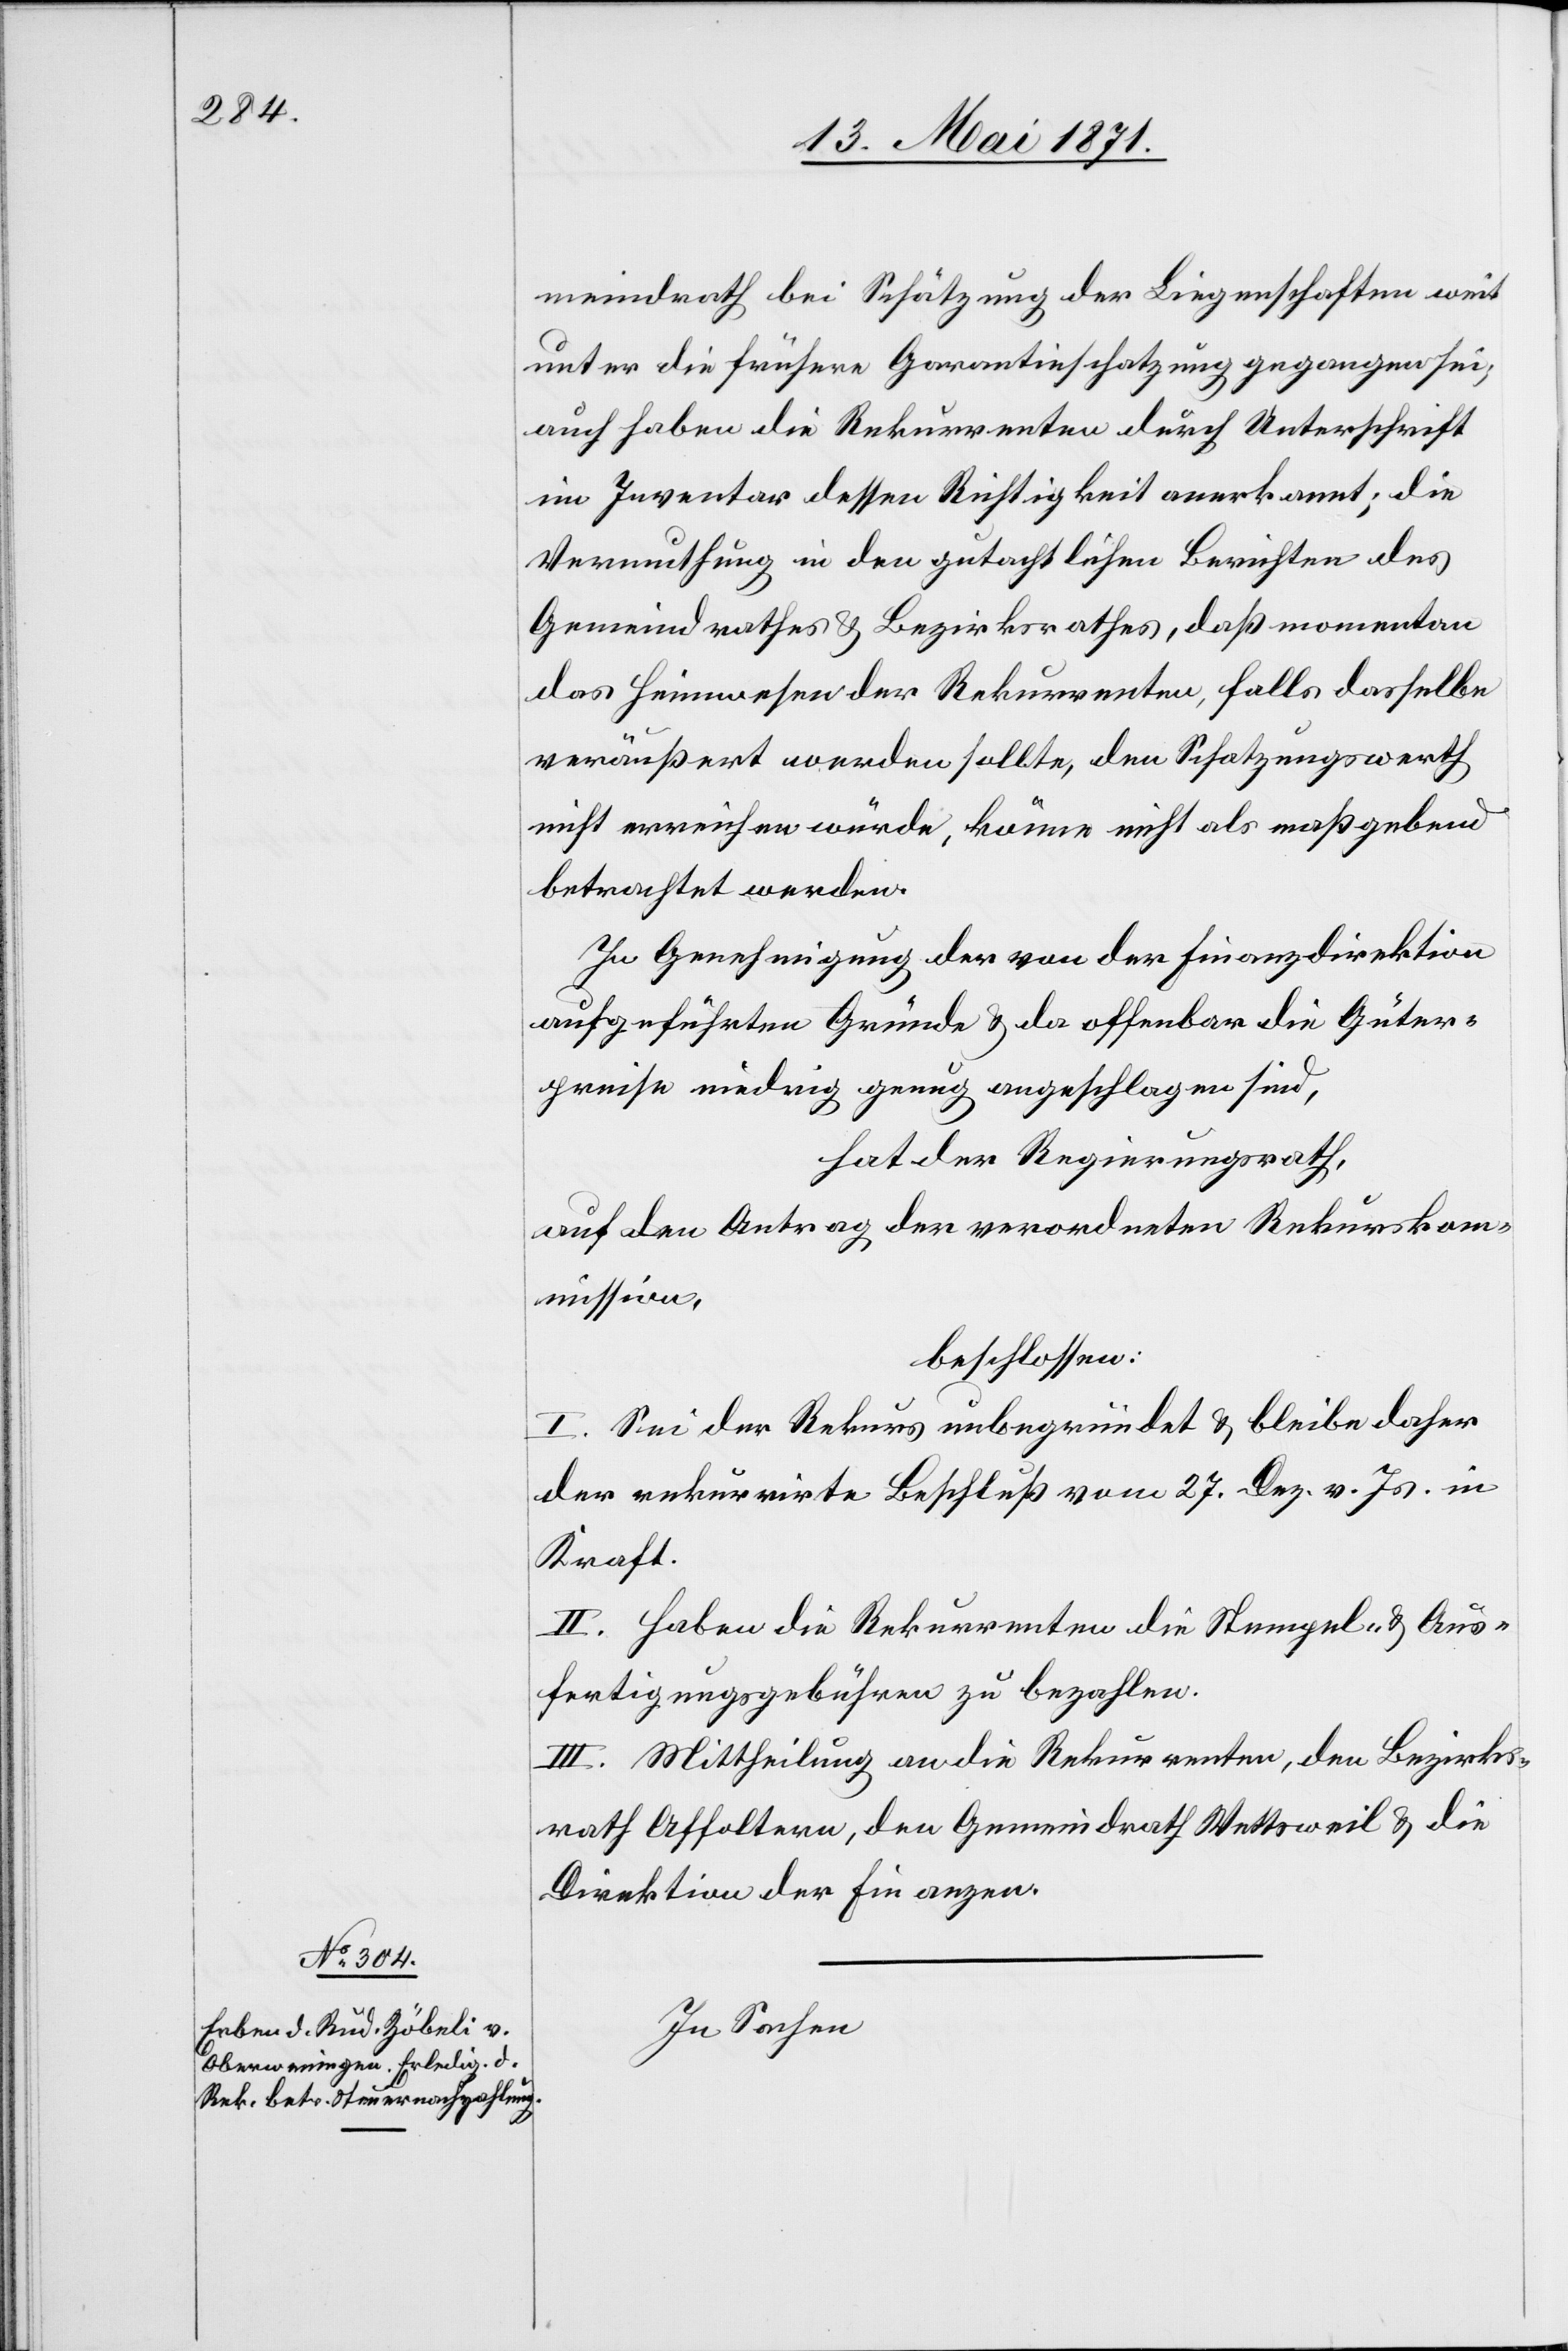
meindrath bei Schätzung der Liegenschaften weit
unter die frühere Garantieschatzung gegangen sei,
auch haben die Rekurrenten durch Unterschrift
im Inventar dessen Richtigkeit anerkannt; die
Vermuthung in den gutachtlichen Berichten des
Gemeindrathes u. Bezirksrathes, daß momentan
das Heimwesen der Rekurrenten, falls dasselbe
veräußert werden sollte, den Schatzungswerth
nicht erreichen würde, könne nicht als maßgebend
betrachtet werden.
In Genehmigung der von der Finanzdirektion
aufgeführten Gründe u. da offenbar die Güter¬
preise niedrig genug angeschlagen sind,
hat der Regierungsrath,
auf den Antrag der verordneten Rekurskom¬
mission,
beschlossen:
I. Sei der Rekurs unbegründet u. bleibe daher
der rekurrirte Beschluß vom 27. Dez. v. Js. in
Kraft.
II. Haben die Rekurrenten die Stempel- u. Aus¬
fertigungsgebühren zu bezahlen.
III. Mittheilung an die Rekurrenten, den Bezirks¬
rath Affoltern, den Gemeindrath Wettsweil u. die
Direktion der Finanzen.
In Sachen